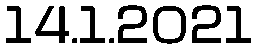
14.1.2021